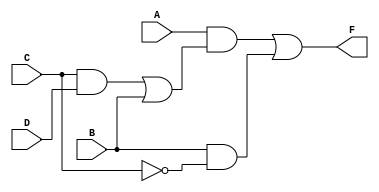
// Name: Pierre Vincent C. Hernandez,  Section: S11

`timescale 1ns / 1ps

// F = A(CD + B) + BC'

module hdl_project_dataflow(F,A,B,C,D);
	input A,B,C,D;
	output F;

	assign F = A&(C&D | B) | B&~C;
endmodule